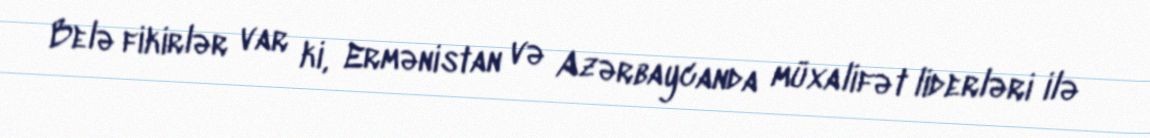
Belə fikirlər var ki, Ermənistan və Azərbaycanda müxalifət liderləri ilə